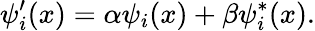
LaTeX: \psi_{i}^{\prime}(x)=\alpha\psi_{i}(x)+\beta\psi_{i}^{*}(x).